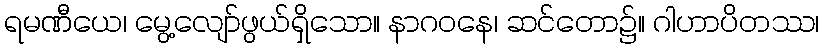
ရမဏီယေ၊ မွေ့လျော်ဖွယ်ရှိသော။ နာဂဝနေ၊ ဆင်တော၌။ ဂါဟာပိတဿ၊